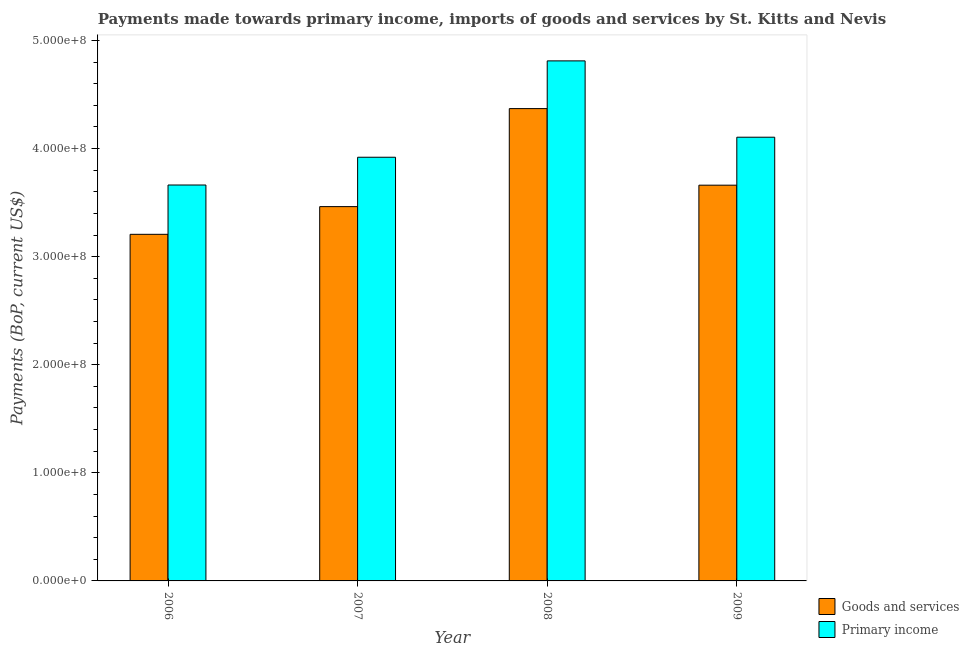
| Year | Goods and services | Primary income |
 | --- | --- | --- |
 | 2006 | 3.21e+08 | 3.66e+08 |
 | 2007 | 3.46e+08 | 3.92e+08 |
 | 2008 | 4.37e+08 | 4.81e+08 |
 | 2009 | 3.66e+08 | 4.11e+08 |